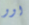
اوو